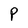
Character: P